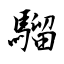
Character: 騮